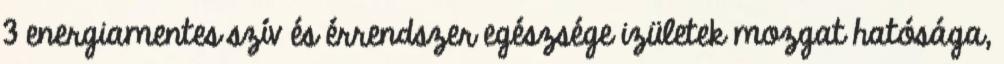
3 energiamentes szív és érrendszer egészsége izületek mozgat hatósága,